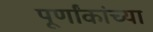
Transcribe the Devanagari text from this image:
पूर्णांकांच्या